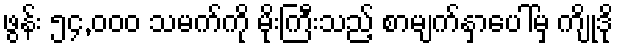
ဖွန်း ၅၄,၀၀၀ သမက်ကို မိုးကြီးသည့် စာမျက်နှာပေါ်မှ ကျိုဒို